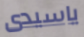
ياسيدى